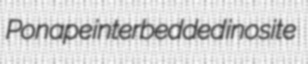
Ponape interbedded inosite